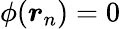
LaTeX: \phi(\boldsymbol{r}_{n})=0